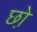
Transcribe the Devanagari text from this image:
छो़